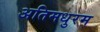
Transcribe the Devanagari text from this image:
अतिमधुरम